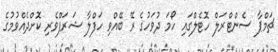
ޗަމްޕާ ސެންޓްރަލް ހޮޓެލްގައި ހޯމަ ދުވަހުގެ ރޭ ބޭއްވި ހަފްލާ ޝަރަފްވެރި ކޮށްދެއްވުމުގެ